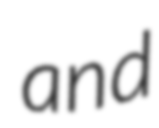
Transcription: and